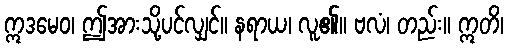
ဣဒမေဝ၊ ဤအားသို့ပင်လျှင်။ နရာယ၊ လူ၏။ ဗလံ၊ တည်း။ ဣတိ၊